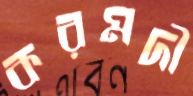
করমদী